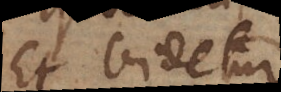
Et videtur